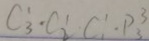
C ^ { 1 } _ { 3 } \cdot C _ { 2 } ^ { 1 } \cdot C ^ { 1 } _ { 1 } \cdot P _ { 3 } ^ { 3 }